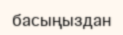
басыңыздан